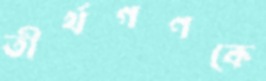
তীর্থগণকে